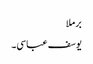
برملا
یوسف عباسی۔